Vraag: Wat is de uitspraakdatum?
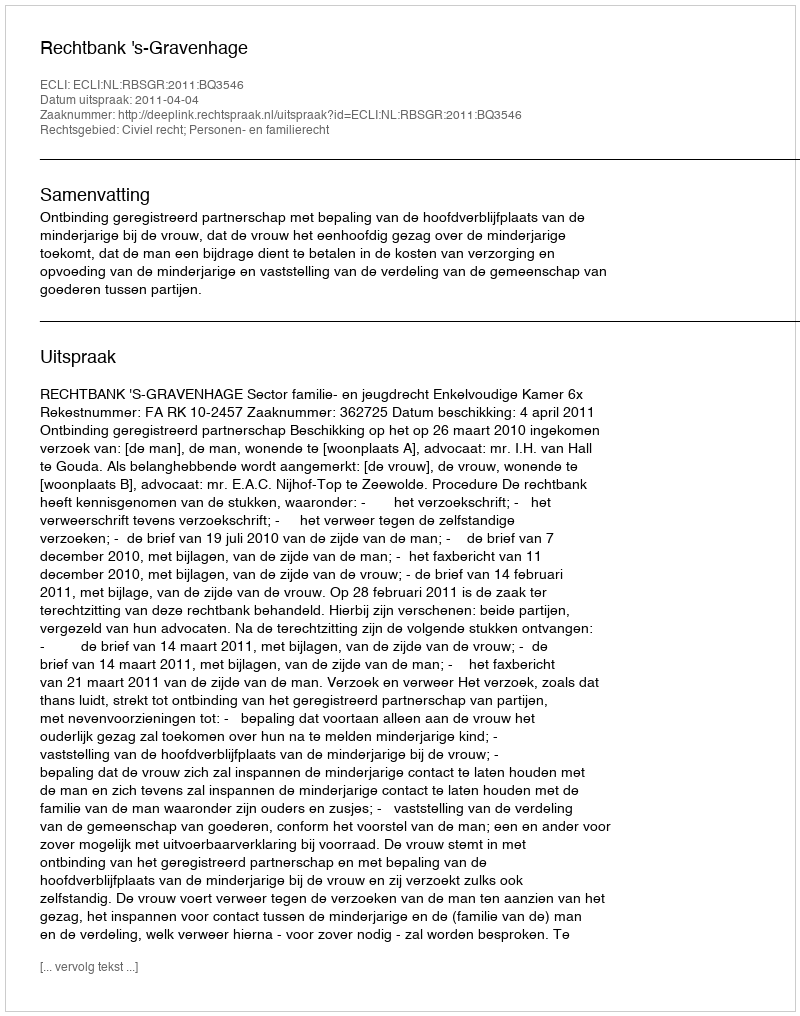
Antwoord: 2011-04-04